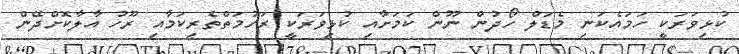
ކުޅިވަރަކީ ހަމައެކަނި މެޑަލް ހޯދުން ނޫން ކަމަށާއި ކުޅިވަރަކީ ރަހުމަތްތެރިކަމާއި ރޫހު އާލާކޮށްދޭން